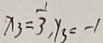
x _ { 3 } = \frac { 1 } { 3 } , y _ { 3 } = - 1